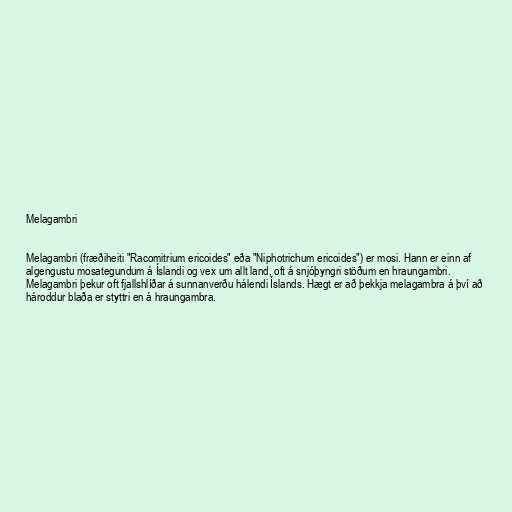
Melagambri

Melagambri (fræðiheiti "Racomitrium ericoides" eða "Niphotrichum ericoides") er mosi. Hann er einn af
algengustu mosategundum á Íslandi og vex um allt land, oft á snjóþyngri stöðum en hraungambri.
Melagambri þekur oft fjallshlíðar á sunnanverðu hálendi Íslands. Hægt er að þekkja melagambra á því að
hároddur blaða er styttri en á hraungambra.